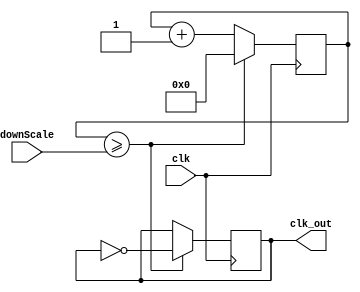
module slowClock(clk, clk_out,downScale);

input clk;
output clk_out;
input [31:0]downScale;

reg [31:0] counter;
reg clk_out = 40'b0;


always@(posedge clk)
begin
	counter <= counter + 1;
	if (counter >= downScale)     //
	 begin
		  counter <= 0;
		  clk_out <= ~clk_out;
	 end
end
endmodule